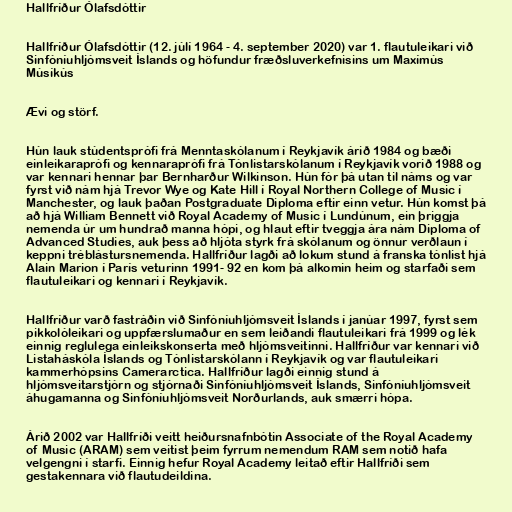
Hallfríður Ólafsdóttir

Hallfríður Ólafsdóttir (12. júlí 1964 - 4. september 2020) var 1. flautuleikari við
Sinfóníuhljómsveit Íslands og höfundur fræðsluverkefnisins um Maxímús
Músíkús

Ævi og störf.

Hún lauk stúdentsprófi frá Menntaskólanum í Reykjavík árið 1984 og bæði
einleikaraprófi og kennaraprófi frá Tónlistarskólanum í Reykjavík vorið 1988 og
var kennari hennar þar Bernharður Wilkinson. Hún fór þá utan til náms og var
fyrst við nám hjá Trevor Wye og Kate Hill í Royal Northern College of Music í
Manchester, og lauk þaðan Postgraduate Diploma eftir einn vetur. Hún komst þá
að hjá William Bennett við Royal Academy of Music í Lundúnum, ein þriggja
nemenda úr um hundrað manna hópi, og hlaut eftir tveggja ára nám Diploma of
Advanced Studies, auk þess að hljóta styrk frá skólanum og önnur verðlaun í
keppni tréblástursnemenda. Hallfríður lagði að lokum stund á franska tónlist hjá
Alain Marion í París veturinn 1991- 92 en kom þá alkomin heim og starfaði sem
flautuleikari og kennari í Reykjavík.

Hallfríður varð fastráðin við Sinfóníuhljómsveit Íslands í janúar 1997, fyrst sem
pikkolóleikari og uppfærslumaður en sem leiðandi flautuleikari frá 1999 og lék
einnig reglulega einleikskonserta með hljómsveitinni. Hallfríður var kennari við
Listaháskóla Íslands og Tónlistarskólann í Reykjavík og var flautuleikari
kammerhópsins Camerarctica. Hallfríður lagði einnig stund á
hljómsveitarstjórn og stjórnaði Sinfóníuhljómsveit Íslands, Sinfóníuhljómsveit
áhugamanna og Sinfóníuhljómsveit Norðurlands, auk smærri hópa.

Árið 2002 var Hallfríði veitt heiðursnafnbótin Associate of the Royal Academy
of Music (ARAM) sem veitist þeim fyrrum nemendum RAM sem notið hafa
velgengni í starfi. Einnig hefur Royal Academy leitað eftir Hallfríði sem
gestakennara við flautudeildina.